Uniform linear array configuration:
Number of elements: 64
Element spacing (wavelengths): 0.25
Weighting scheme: binomial
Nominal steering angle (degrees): -15
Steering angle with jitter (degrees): -16.828
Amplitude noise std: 0.05
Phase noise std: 0.05

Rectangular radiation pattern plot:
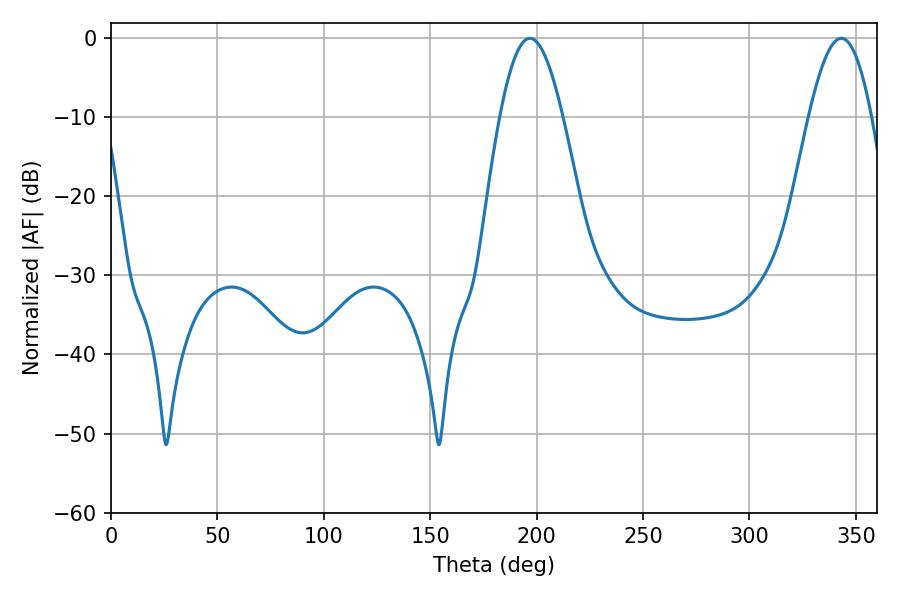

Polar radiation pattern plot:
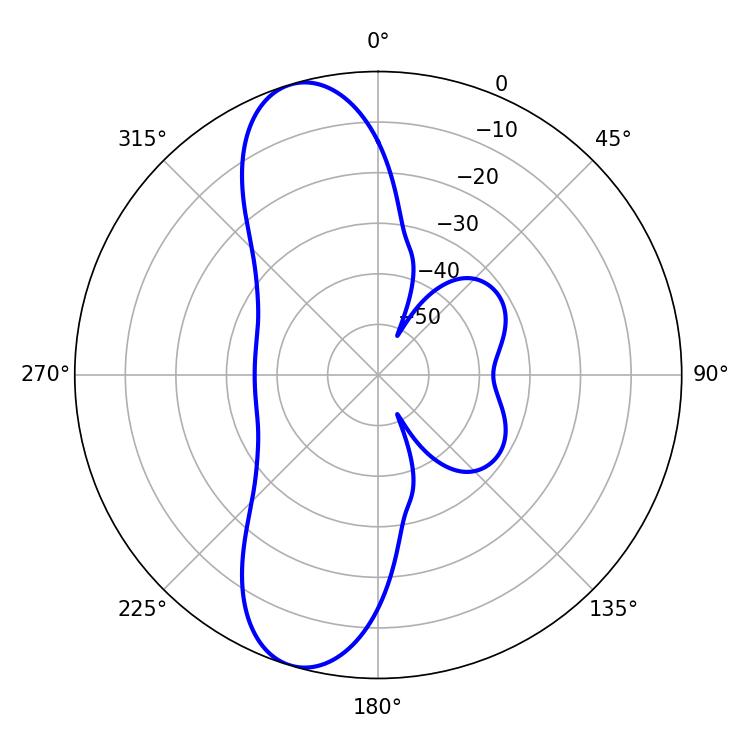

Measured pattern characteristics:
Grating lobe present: FALSE
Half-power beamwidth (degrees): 16.02
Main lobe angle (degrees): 196.92